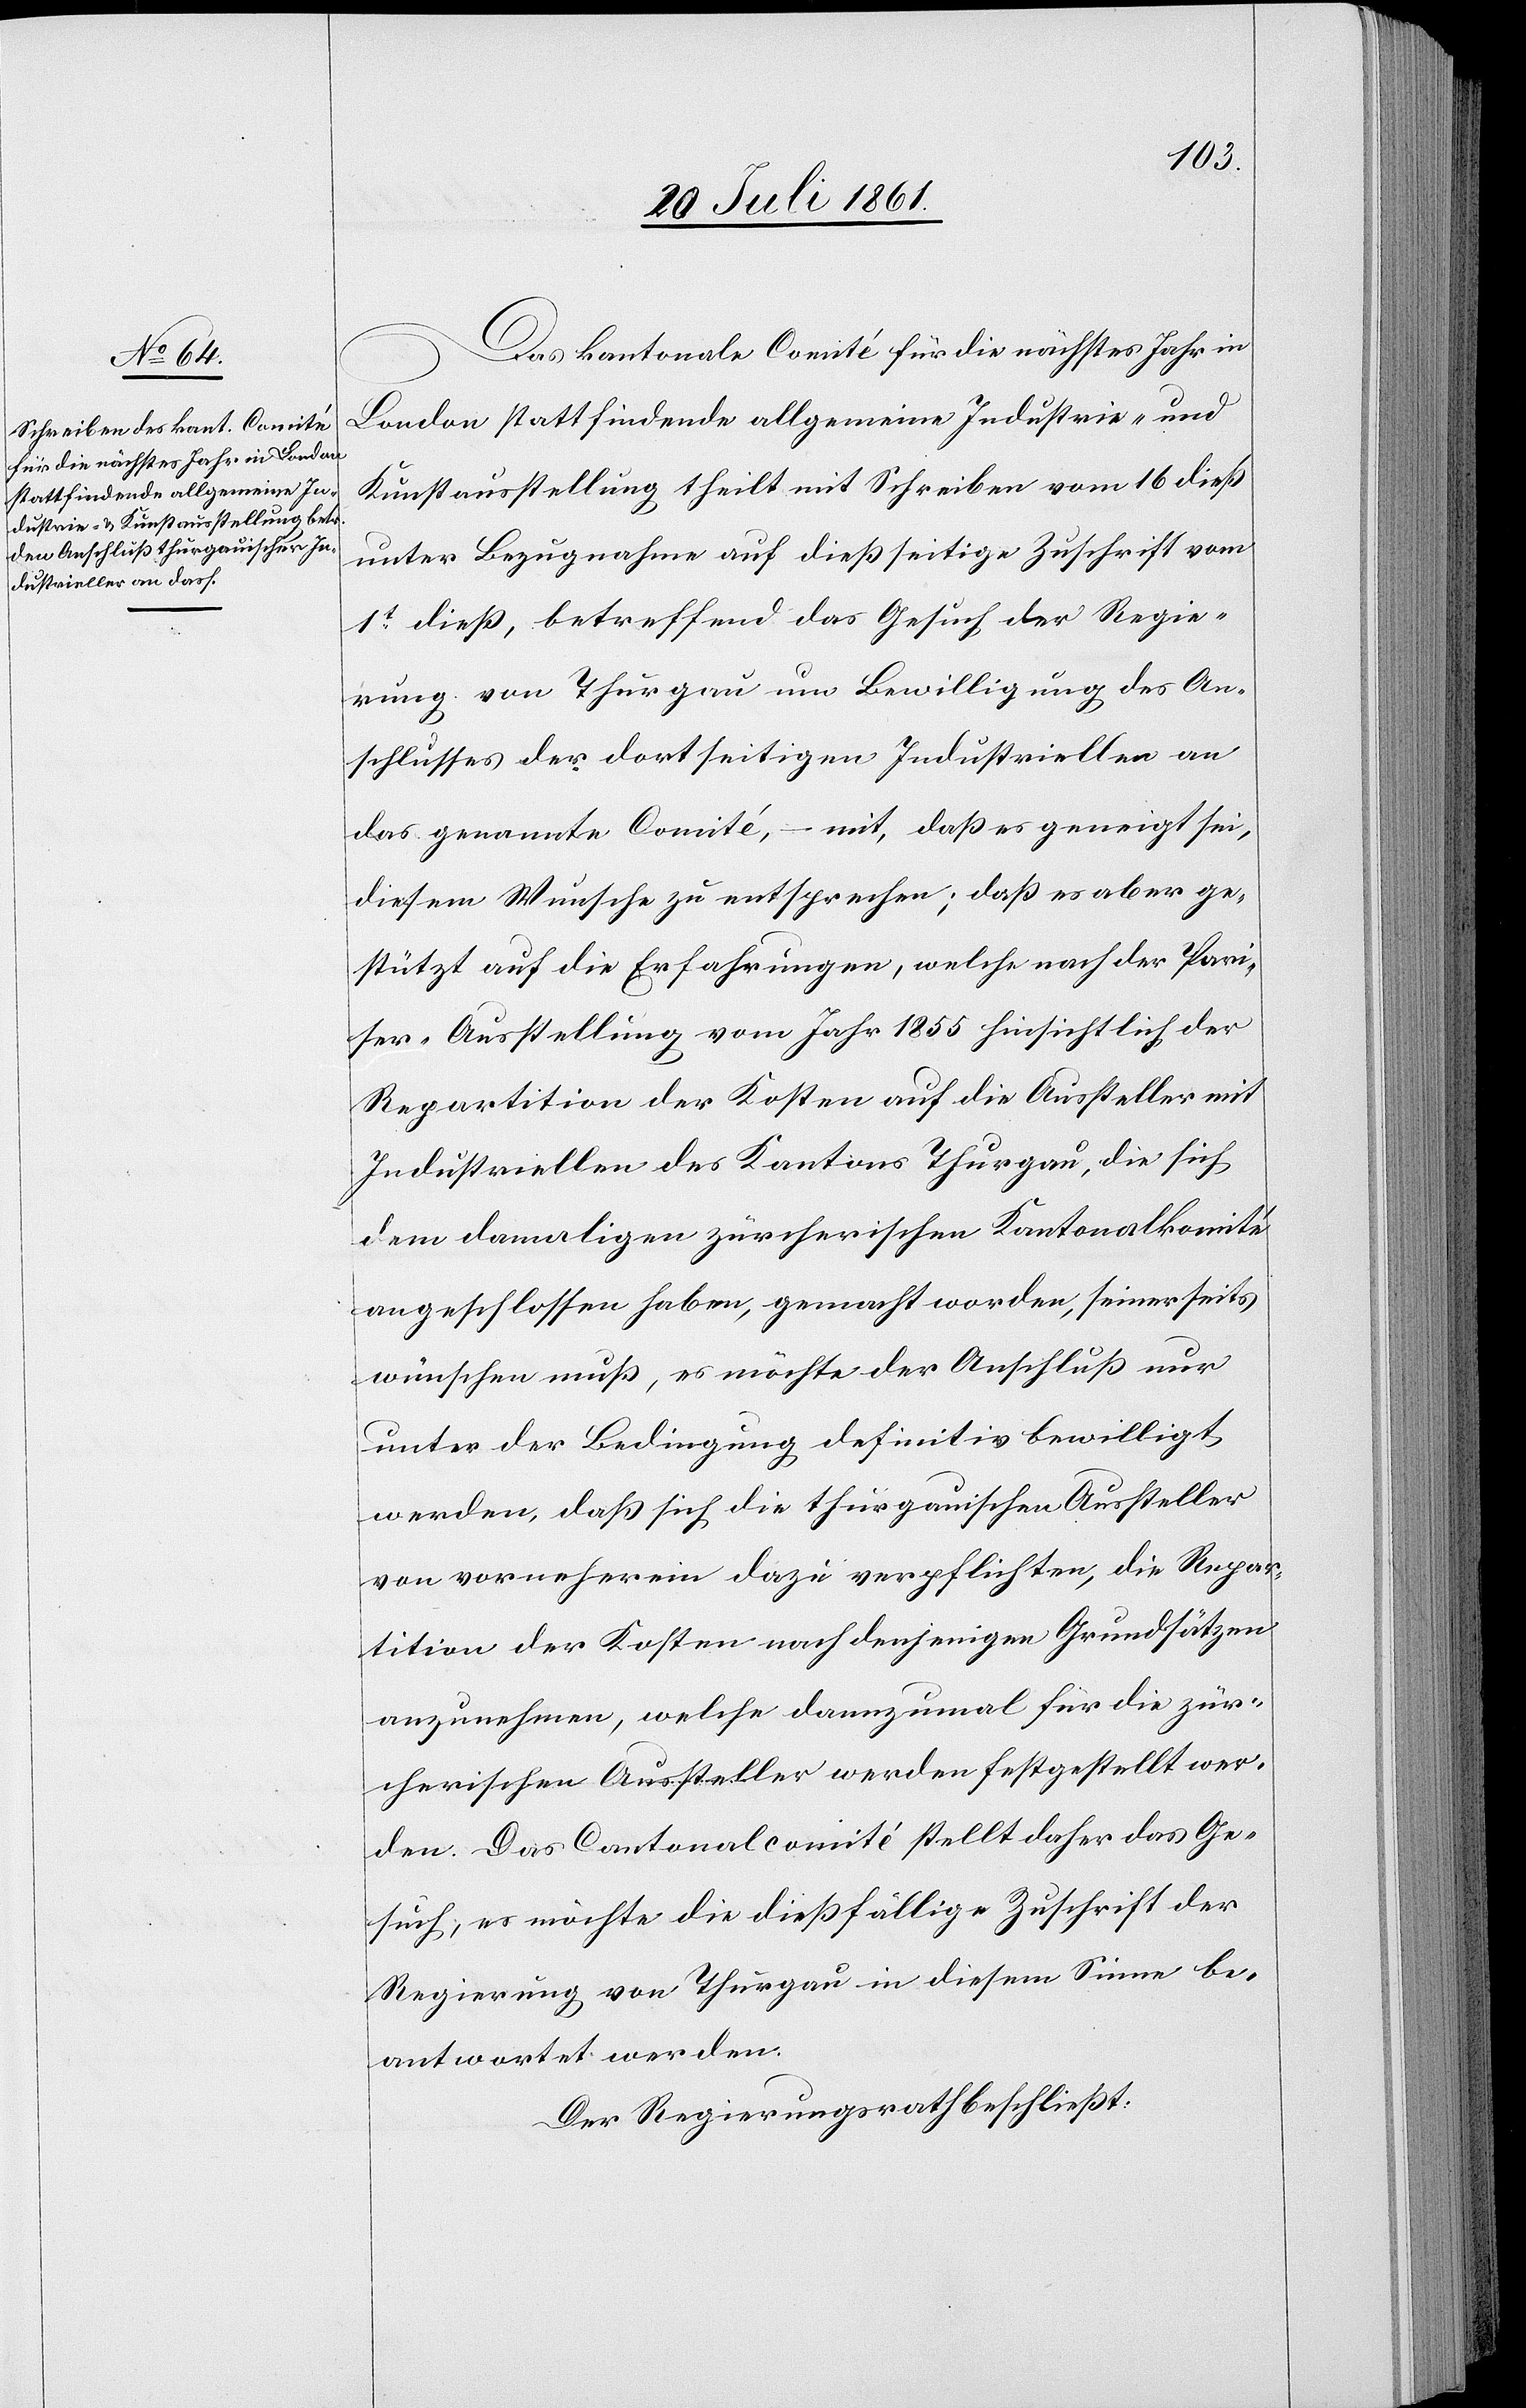
Das kantonale Comité für die nächstes Jahr in
London stattfindende allgemeine Industrie- und
Kunstausstellung theilt mit Schreiben vom 16 dieß
unter Bezugnahme auf dießseitige Zuschrift vom
1t dieß, betreffend das Gesuch der Regie¬
rung von Thurgau um Bewilligung des An¬
schlusses der dortseitigen Industriellen an
das genannte Comité, – mit, daß es geneigt sei,
diesem Wunsche zu entsprechen; daß es aber ge¬
stützt auf die Erfahrungen, welche nach der Pari¬
ser-Ausstellung vom Jahr 1855 hinsichtlich der
Repartition der Kosten auf die Aussteller mit
Industriellen des Kantons Thurgau, die sich
dem damaligen zürcherischen Kantonalkomité
angeschlossen haben, gemacht worden, seinerseits
wünschen muß, es möchte der Anschluß nur
unter der Bedingung definitiv bewilligt
werden, daß sich die thurgauischen Aussteller
von vorneherein dazu verpflichten, die Repar¬
tition der Kosten nach denjenigen Grundsätzen
anzunehmen, welche dannzumal für die zür¬
cherischen Aussteller werden festgestellt wer¬
den. Das Cantonalcomité stellt daher das Ge¬
such, es möchte die dießfällige Zuschrift der
Regierung von Thurgau in diesem Sinne be¬
antwortet werden.
Der Regierungsrath beschließt: